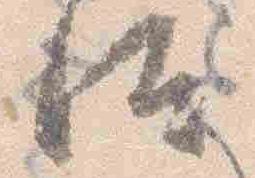
汰